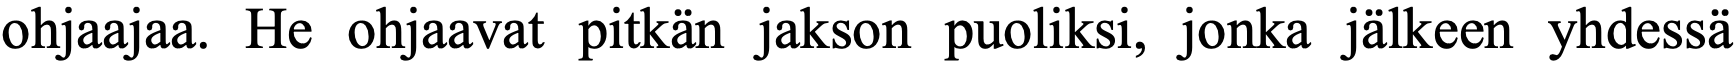
ohjaajaa. He ohjaavat pitkän jakson puoliksi, jonka jälkeen yhdessä